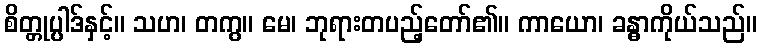
စိတ္တုပ္ပါဒ်နှင့်။ သဟ၊ တကွ။ မေ၊ ဘုရားတပည့်တော်၏။ ကာယော၊ ခန္ဓာကိုယ်သည်။